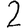
Digit: 2